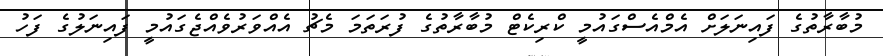
މުބާރާތުގެ ފައިނަލަށް އެމްއެސްގައުމީ ކްރިކެޓް މުބާރާތުގެ ފުރަތަމަ މެޗު އެއްވަރުވެއްޖެގައުމީ ފައިނަލުގެ ފަހު